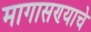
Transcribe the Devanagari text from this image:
मागासण्याचे